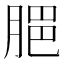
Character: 𦜧